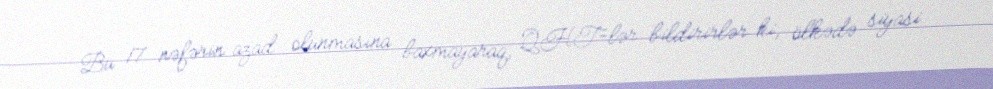
Bu 17 nəfərin azad olunmasına baxmayaraq, QHT-lər bildirirlər ki, ölkədə siyasi